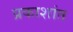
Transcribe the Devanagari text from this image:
प्रकाशांत